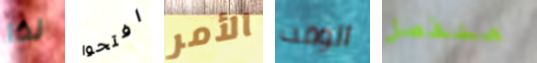
لذا افتحوا الأمر الوقت منفصل